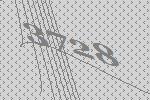
3728